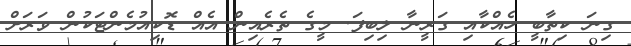
ގިނަ ކިތާބީ ހެއްކާއި ގަރީނާ ލިބިފަ. މީގެ ތެރެއިން އެއް ޑޮކިއުމެންޓަކުން ވަރަށް